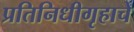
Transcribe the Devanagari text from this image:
प्रतिनिधीगृहाचे